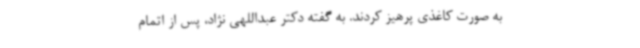
به صورت کاغذی پرهیز کردند. به گفته دکتر عبداللهی نژاد، پس از اتمام